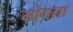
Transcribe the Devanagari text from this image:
मोगला